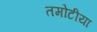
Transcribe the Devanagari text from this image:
तमोटीया